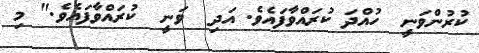
ކުރުންވަނީ  ހުއްދަ ކުރައްވާފައެވެ. އަދި  ވަނީ  ކުރައްވާފައެވެ." މި